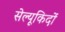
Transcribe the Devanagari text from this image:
सेल्यूकिदों